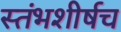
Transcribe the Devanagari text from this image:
स्तंभशीर्षच